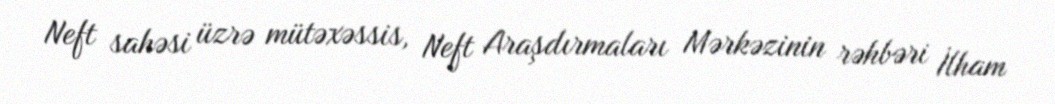
Neft sahəsi üzrə mütəxəssis, Neft Araşdırmaları Mərkəzinin rəhbəri İlham